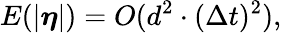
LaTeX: E(|\boldsymbol{\eta}|)=O(d^{2}\cdot(\Delta t)^{2}),